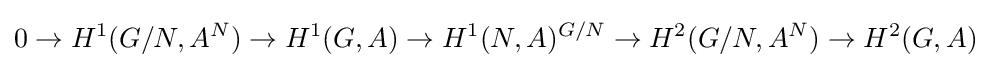
0\to H^{1}(G/N,A^{N})\to H^{1}(G,A)\to H^{1}(N,A)^{G/N}\to H^{2}(G/N,A^{N})\to H^{2}(G,A)